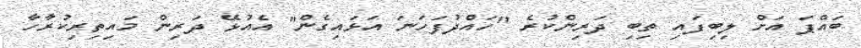
ބައްޕަ އަށް ލިބިފައި ތިބި ދަރިންކުރެ "ހައްދުފަހަނަ އަޅައިގެން" އެއުޅޭ ދަރިން މައިތިރިކުރާހާ